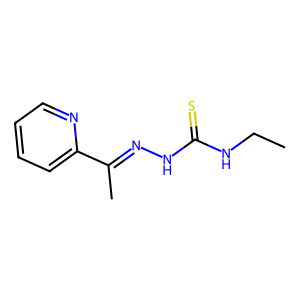
SMILES: CCNC(=S)NN=C(C)c1ccccn1
Inhibits HIV replication: No